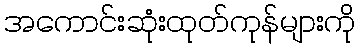
အကောင်းဆုံးထုတ်ကုန်များကို